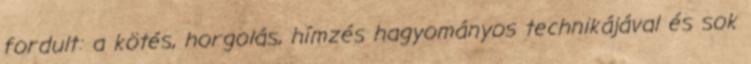
fordult: a kötés, horgolás, hímzés hagyományos technikájával és sok